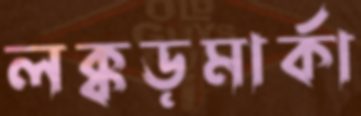
লক্কড়মার্কা